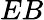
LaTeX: EB